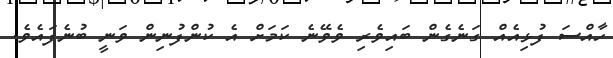
ހާއްސަ ފުޅިއެއް ގަނެގެން ބައިވެރި ވެވޭނެ ކަމަށް އެ ކުންފުނިން ވަނީ ބުނެފައެވެ.